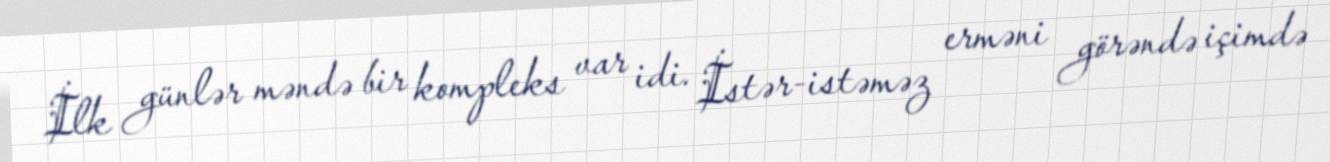
İlk günlər məndə bir kompleks var idi. İstər-istəməz erməni görəndə içimdə